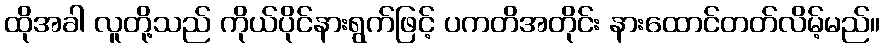
ထိုအခါ လူတို့သည် ကိုယ်ပိုင်နားရွက်ဖြင့် ပကတိအတိုင်း နားထောင်တတ်လိမ့်မည်။